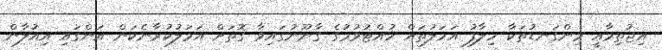
އިޖުތިމާއީ މިންގަނޑުތަކާ ހިލާފު އަމަލުތައް ހުއްޓުވުމުގެ ގާނޫނުގައިވާ ގޮތަށް އަމަލުކުރާނެކަން އަންގައި އިއުލާން